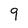
Character: 9